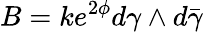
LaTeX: B=ke^{2\phi}d\gamma\wedge d\bar{\gamma}